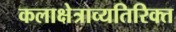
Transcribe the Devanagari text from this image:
कलाक्षेत्राव्यतिरिक्त